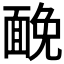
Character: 𩈦